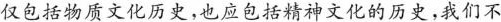
仅包括物质文化历史，也应包括精神文化的历史，我们不